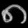
Digit: ၈